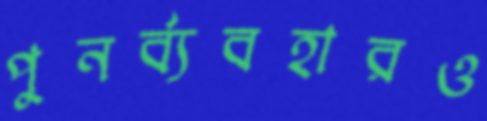
পুনর্ব্যবহারও